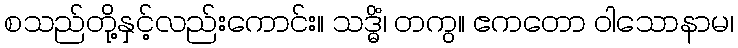
စသည်တို့နှင့်လည်းကောင်း။ သဒ္ဓိံ၊ တကွ။ ဧကတော ဝါသောနာမ၊